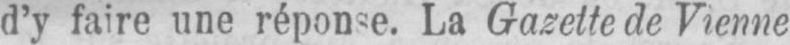
La Gazette de Vienne